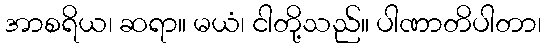
အာစရိယ၊ ဆရာ။ မယံ၊ ငါတို့သည်။ ပါဏာတိပါတာ၊